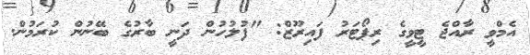
އެމްވީ ރާއްޖެ ޓީވީގެ ރިޕޯޓަރު ފައިރޫޒް: "ފުލުހުން ދަނީ ބާރުގެ ބޭނުން ކުރަމުން.